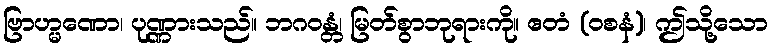
ဗြာဟ္မဏော၊ ပုဏ္ဏားသည်။ ဘဂဝန္တံ၊ မြတ်စွာဘုရားကို။ ဧတံ (ဝစနံ)၊ ဤသို့သော